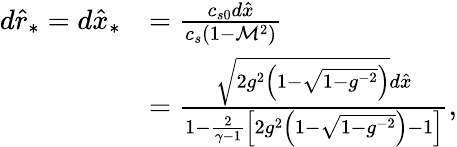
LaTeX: \begin{array}{rl}{d\hat{r}_{*}=d\hat{x}_{*}}&{=\frac{c_{s0}d\hat{x}}{c_{s}(1-\mathcal{M}^{2})}}\\ &{=\frac{\sqrt{2g^{2}\left(1-\sqrt{1-g^{-2}}\right)}d\hat{x}}{1-\frac{2}{\gamma-1}\left[2g^{2}\left(1-\sqrt{1-g^{-2}}\right)-1\right]},}\end{array}